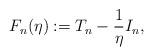
LaTeX: \begin{align*}F_n(\eta) : = T_n - \frac{1}{\eta}I_n,\end{align*}